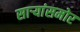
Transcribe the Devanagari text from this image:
साऱ्यांसमोर